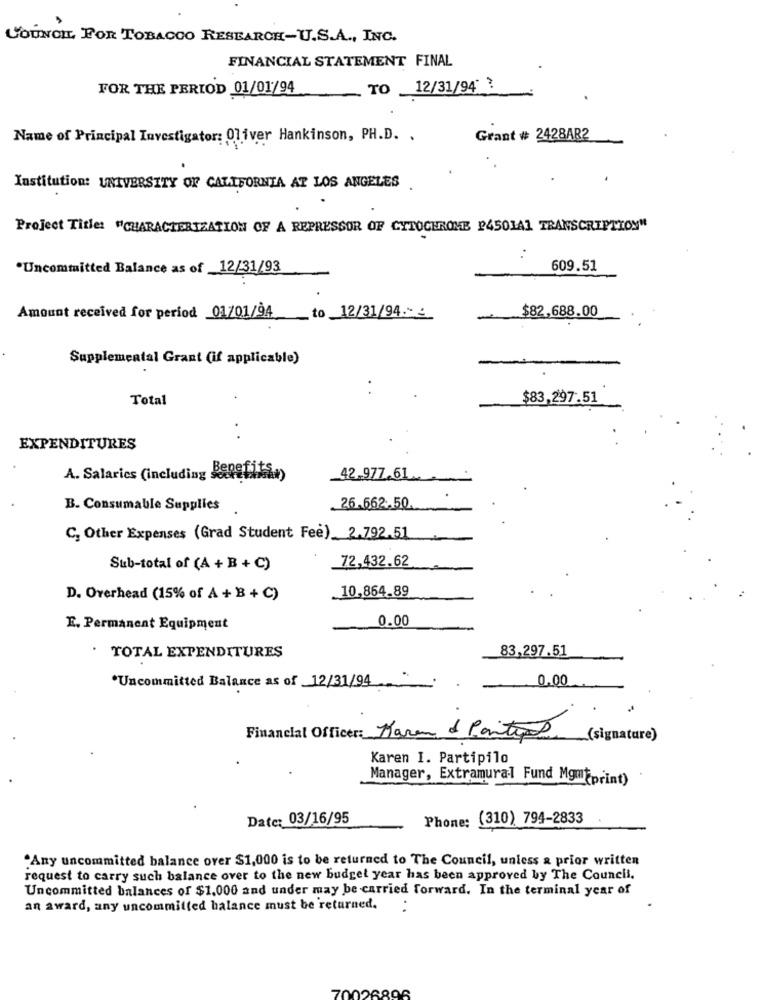
COUNCIL FOR TOBACCO RESEARCH-U.S.A ., INC.
FINANCIAL STATEMENT FINAL
FOR THE PERIOD 01/01/94
TO _12/31/94' ?
Name of Principal Investigator: Oliver Hankinson, PH.D. .
Grant # 2428AR2
Institution: UNIVERSITY OF CALIFORNIA AT LOS ANGELES
Project Title: "CHARACTERIZATION OF A REPRESSOR OF CYTOCHROME P4501A1 TRANSCRIPTION"
. .
*Uncommitted Balance as of 12/31/93
609.51
$82,688.00
Amount received for period 01/01/94
to 12/31/94: :
Supplemental Grant (if applicable)
Total
$83,297.51
EXPENDITURES
A. Salarics (including Benefits
42.977.61.
B. Consumable Supplies
26.662. 50
C, Other Expenses (Grad Student Fee) 2.792.51
72,432.62
Sub-total of (A + B + C)
.10,864.89
D. Overhead (15% of A + B + C)
0.00
E. Permanent Equipment
83,297.51
· TOTAL EXPENDITURES
*Uncommitted Balance as of 12/31/94
0.00
Financial Officer: Maran & Partiet
(signature)
Karen I. Partipilo
Manager, Extramural Fund Mgmtprint)
Date: 03/16/95
Phone: (310) 794-2833
"Any uncommitted balance over $1,000 is to be returned to The Council, unless a prior written
request to carry such balance over to the new budget year has been approved by The Council.
Uncommitted balances of $1,000 and under may be carried forward. In the terminal year of
an award, any uncommitted balance must be returned.
26896